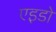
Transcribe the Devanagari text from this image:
एइडो